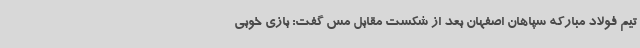
تیم فولاد مبارکه سپاهان اصفهان بعد از شکست مقابل مس گفت: بازی خوبی